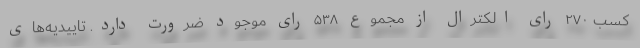
کسب ۲۷۰ رای الکترال از مجموع ۵۳۸ رای موجود ضرورت دارد. تاییدیه‌های